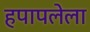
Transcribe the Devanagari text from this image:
हपापलेला